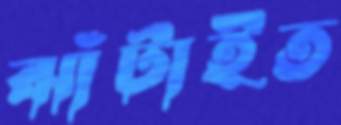
ঝাঁটাইত